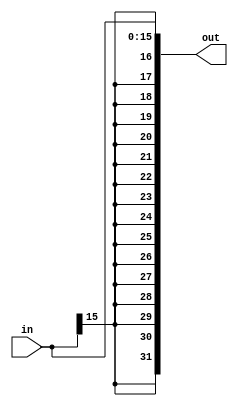
module SE16to32(input [15:0] in, output [31:0] out);
    assign out = $signed(in);
endmodule

module SE26to28(input [25:0] in, output [27:0] out);
    assign out = $signed(in);
endmodule